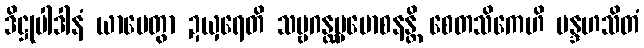
ဒိဋ္ဌုပါဒါနံ ယာပေတွာ ဍယှရေတိ သဗ္ဗဂန္ထပ္ပမောစနန္တိ စေတသိကေဟိ မန္ဒဟသိတံ